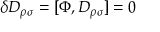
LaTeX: \delta D _ { \rho \sigma } = [ \Phi , D _ { \rho \sigma } ] = 0